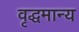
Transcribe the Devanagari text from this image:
वृद्धमान्य